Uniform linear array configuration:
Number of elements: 8
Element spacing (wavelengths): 0.75
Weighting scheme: kaiser
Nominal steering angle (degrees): -30
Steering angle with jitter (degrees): -31.493
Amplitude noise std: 0.05
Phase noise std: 0.05

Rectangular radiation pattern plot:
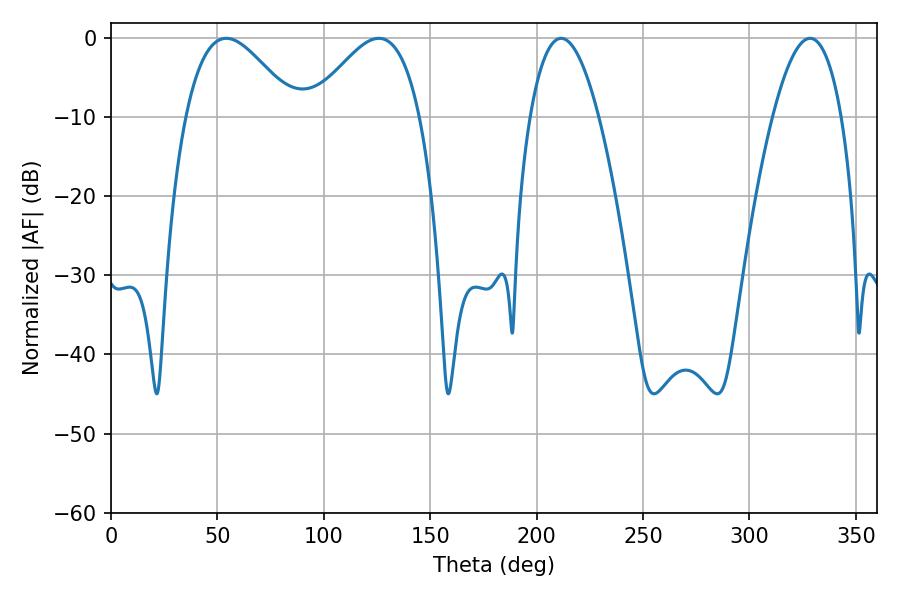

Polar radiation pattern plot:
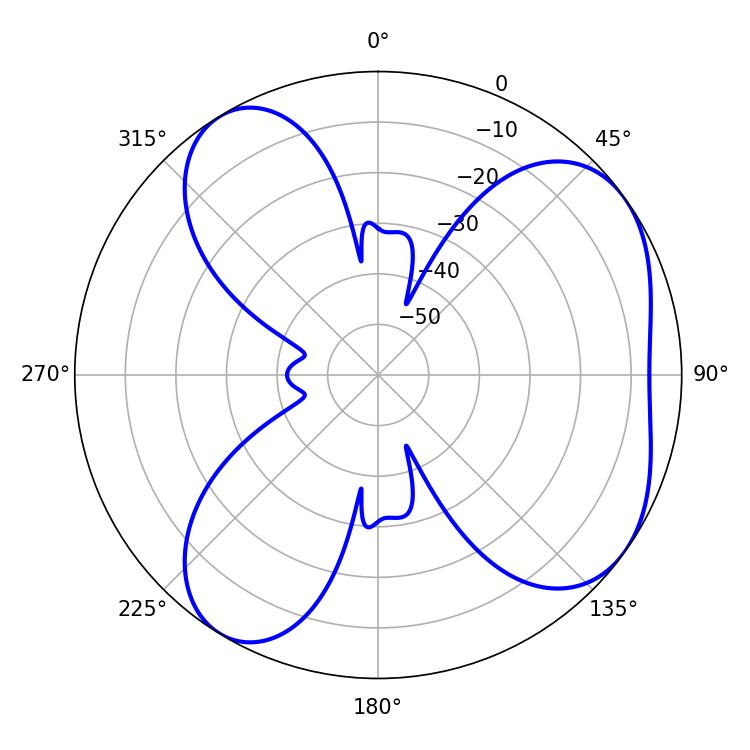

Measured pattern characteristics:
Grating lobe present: TRUE
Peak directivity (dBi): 5.628
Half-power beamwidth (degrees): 17.82
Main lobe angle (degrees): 211.5